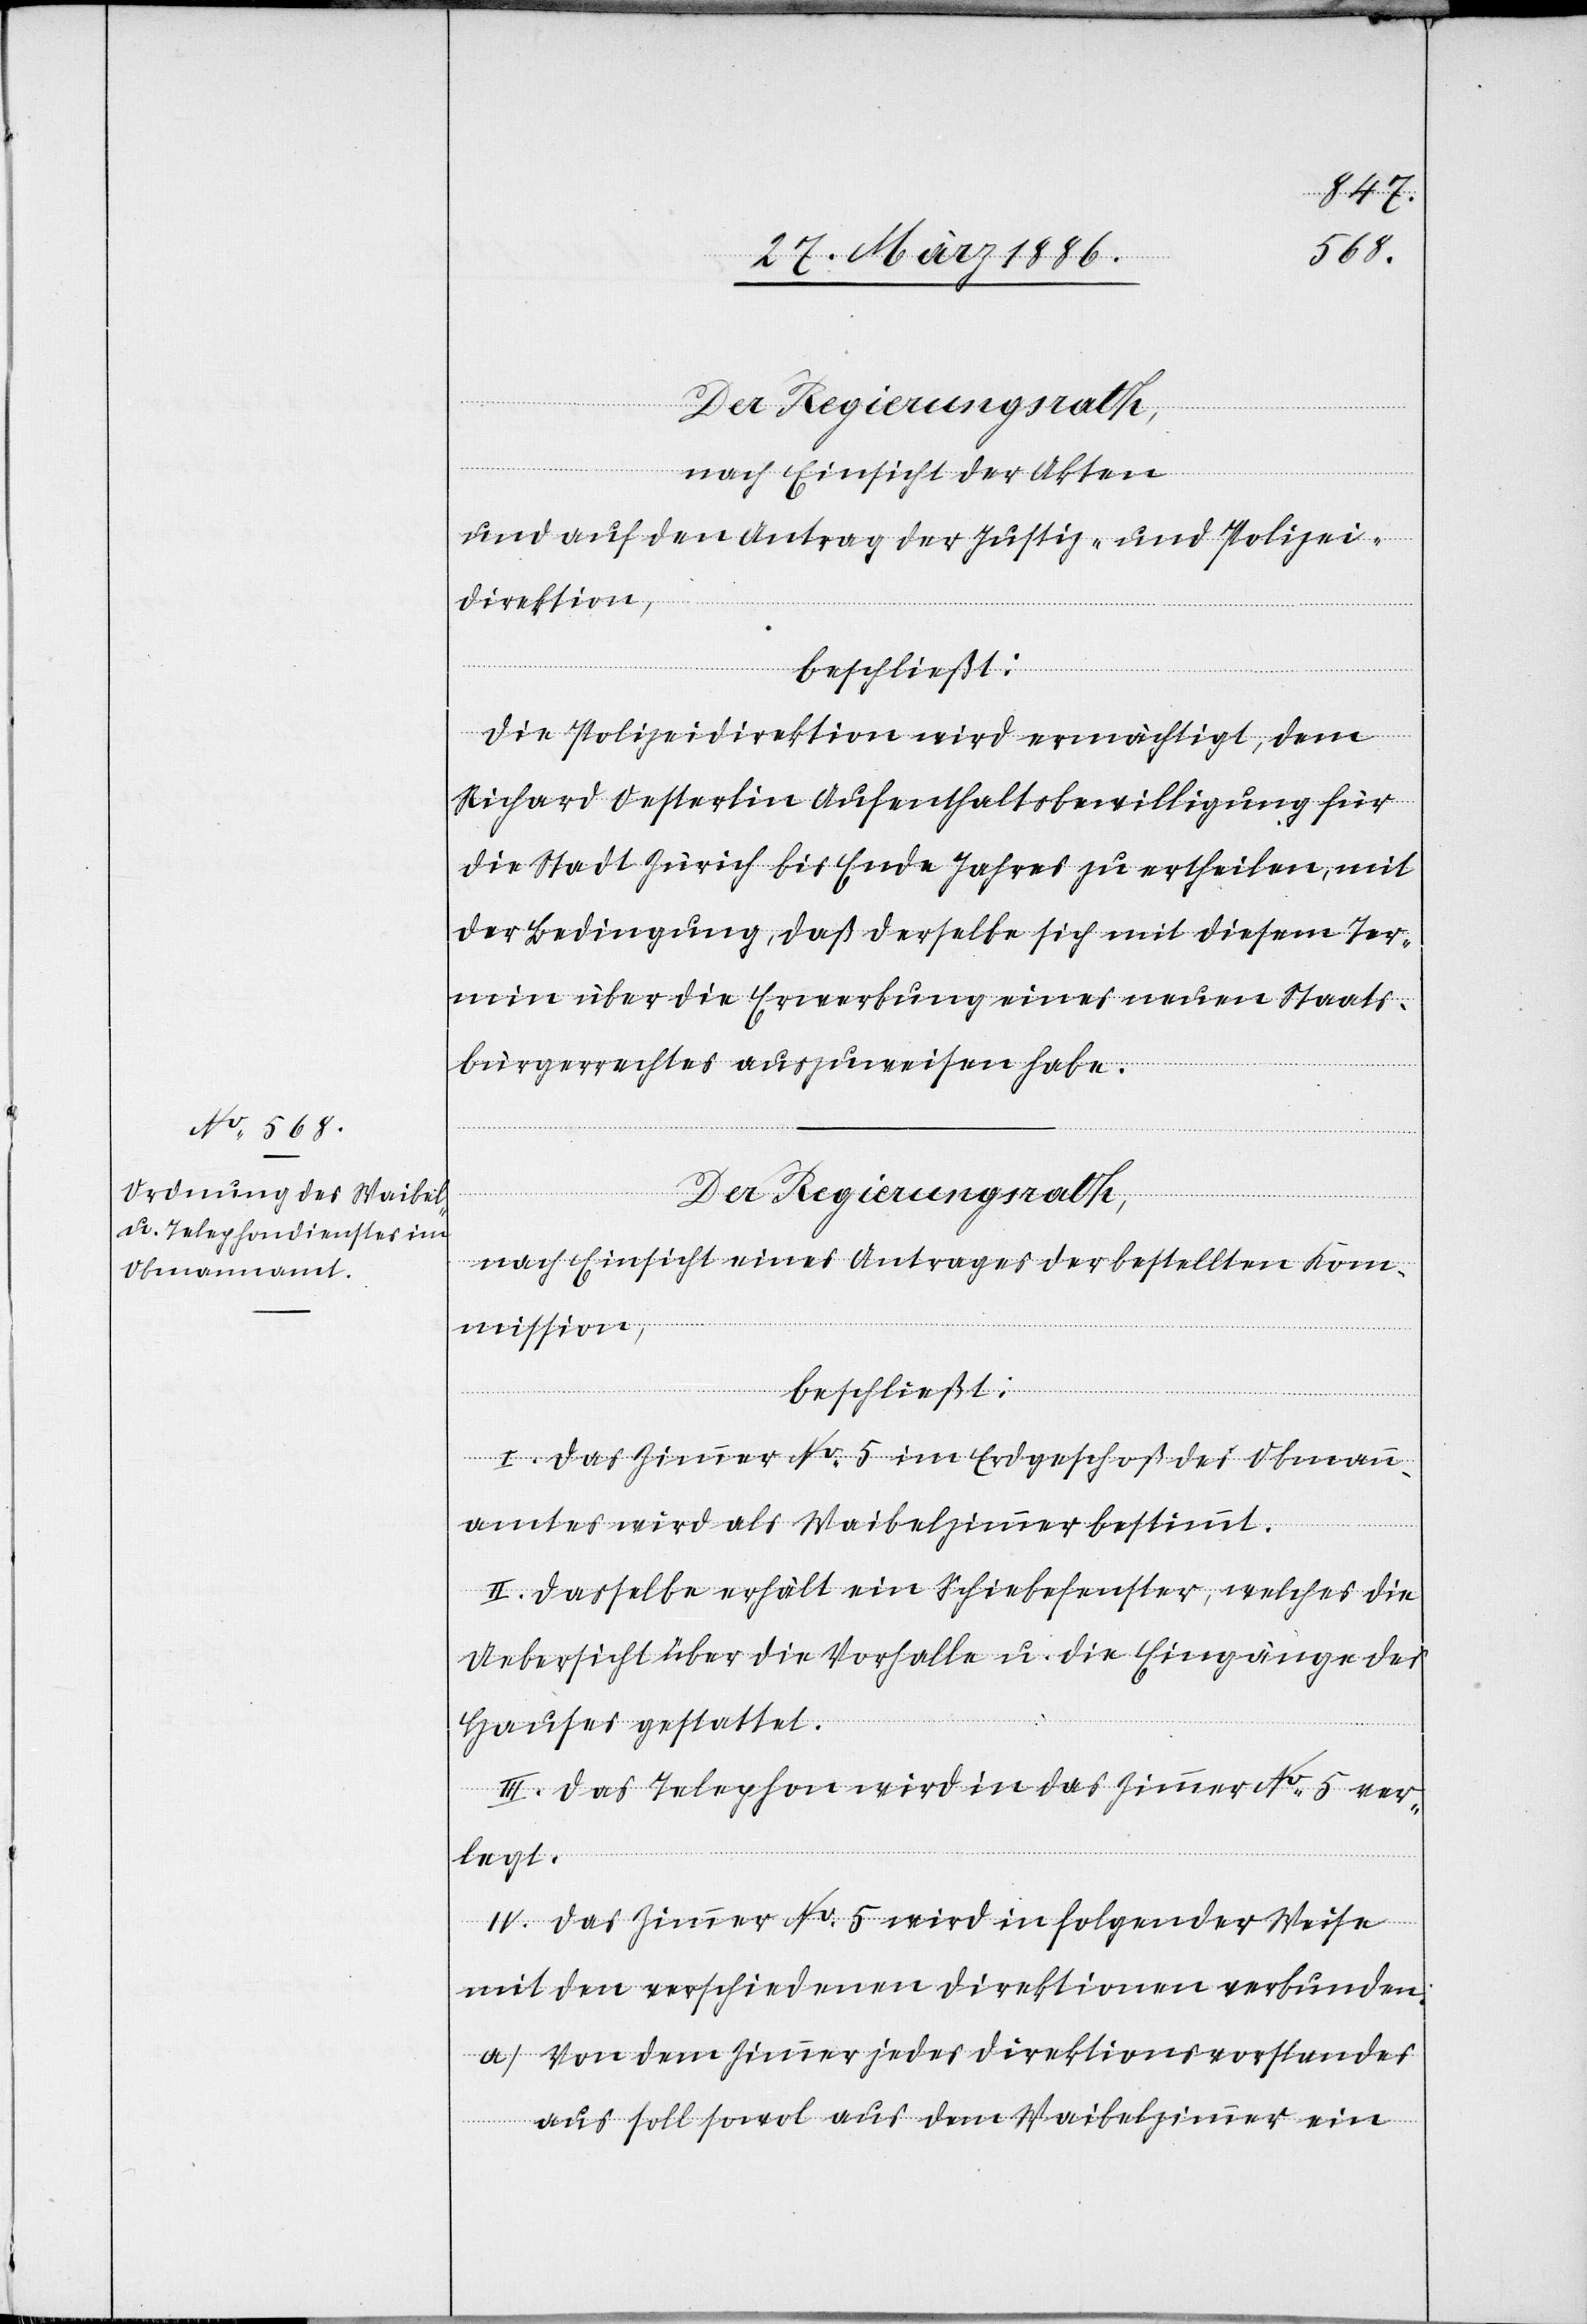
nach Einsicht der Akten
und auf den Antrag der Justiz- und Polizei¬
direktion,
beschließt:
Die Polizeidirektion wird ermächtigt, dem
Richard Oesterlin Aufenthaltsbewilligung für
die Stadt Zürich bis Ende Jahres zu ertheilen, mit
der Bedingung, daß derselbe sich mit diesem Ter¬
min über die Erwerbung eines neuen Staats¬
bürgerrechtes auszuweisen habe.
Der Regierungsrath,
nach Einsicht eines Antrages der bestellten Kom¬
mission,
beschließt:
I. Das Zimmer No. 5 im Erdgeschoß des Obmann¬
amtes wird als Waibelzimmer bestimmt.
II. Dasselbe erhält ein Schiebefenster, welches die
Uebersicht über die Vorhalle u. die Eingänge des
Hauses gestattet.
III. Das Telephon wird in das Zimmer No. 5 ver¬
legt.
IV. Das Zimmer No. 5 wird in folgender Weise
mit den verschiedenen Direktionen verbunden:
a) Von dem Zimmer jedes Direktionsvorstandes
aus soll sowol aus dem Waibelzimmer ein